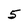
Character: 5